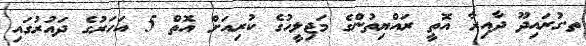
ތ.ގުރައިދޫ ދާއިރާ އޮތީ ރައްޔިތުންގެ މަޖިލީހުގެ ކުރިއަށް އޮތް 5 އަހަރުގެ ދައުރުގައި